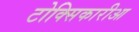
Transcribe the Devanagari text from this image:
टोक्सिकारीआ